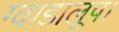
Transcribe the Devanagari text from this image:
ग्वाडालूप।